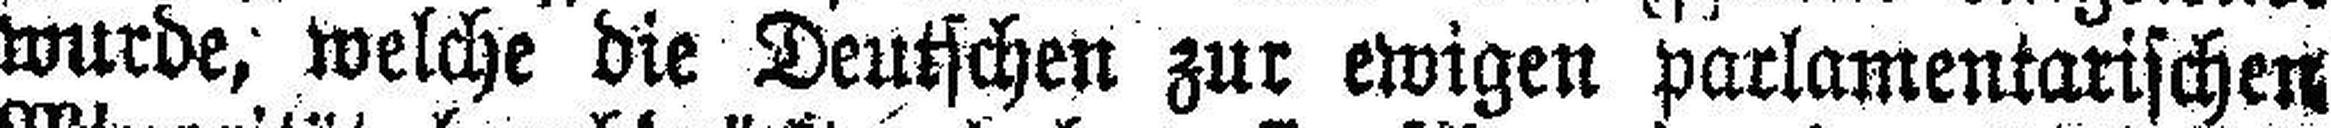
wurde, welche die Deutschen zur ewigen parlamentarischen